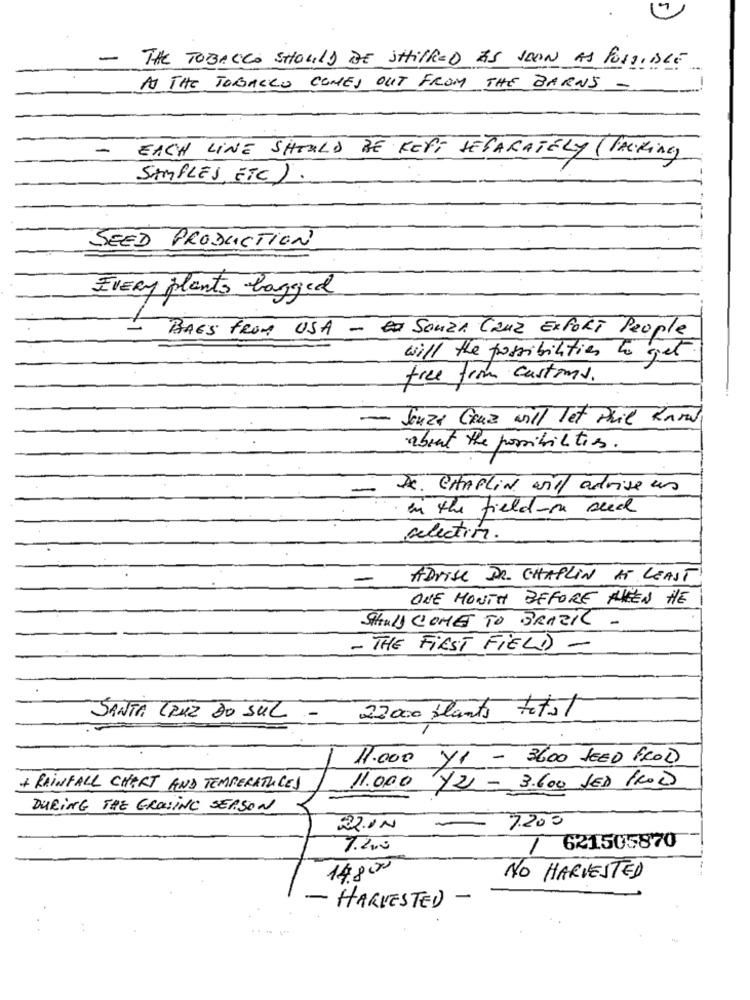
THE TOBACCO SHOULD BE SHIPPED AS SOON AS POSSIBLE
AS THE TOBACCO COMES OUT FROM THE BARNS -
-
EACH LINE SHOULD BE KEPT SEPARATELY (PACKING)
SAMPLES, ETC).
SEED PRODUCTION
Every plants bagged
BRES FROM USA - SOUZA CRUZ EXPORT People
will the possibilities to get.
free from customs.
-
Souza Cruz will Tet Phil Rural
about the possibilities.
De. CHAPLIN will advise us
in the field-on seed
selection.
-
ADVise DR. CHAPLIN AT LEAST
ONE MONTH BEFORE THEEN HE
SHALL COME TO BRAZIL -
- THE FIRST FIELD -
23000 plants total
SANTA CRUZ DO SUL
11.000 YI - 3600 SEED FROD
+ RAINFALL CHART AND TEMPERATURES
11.000 Y2 - 3.600 JED 1KOD
DURING THE GROWING SEASON
22.00
7.200
7.200
/ 621505870
14800
NO HARVESTED
- HARVESTED -